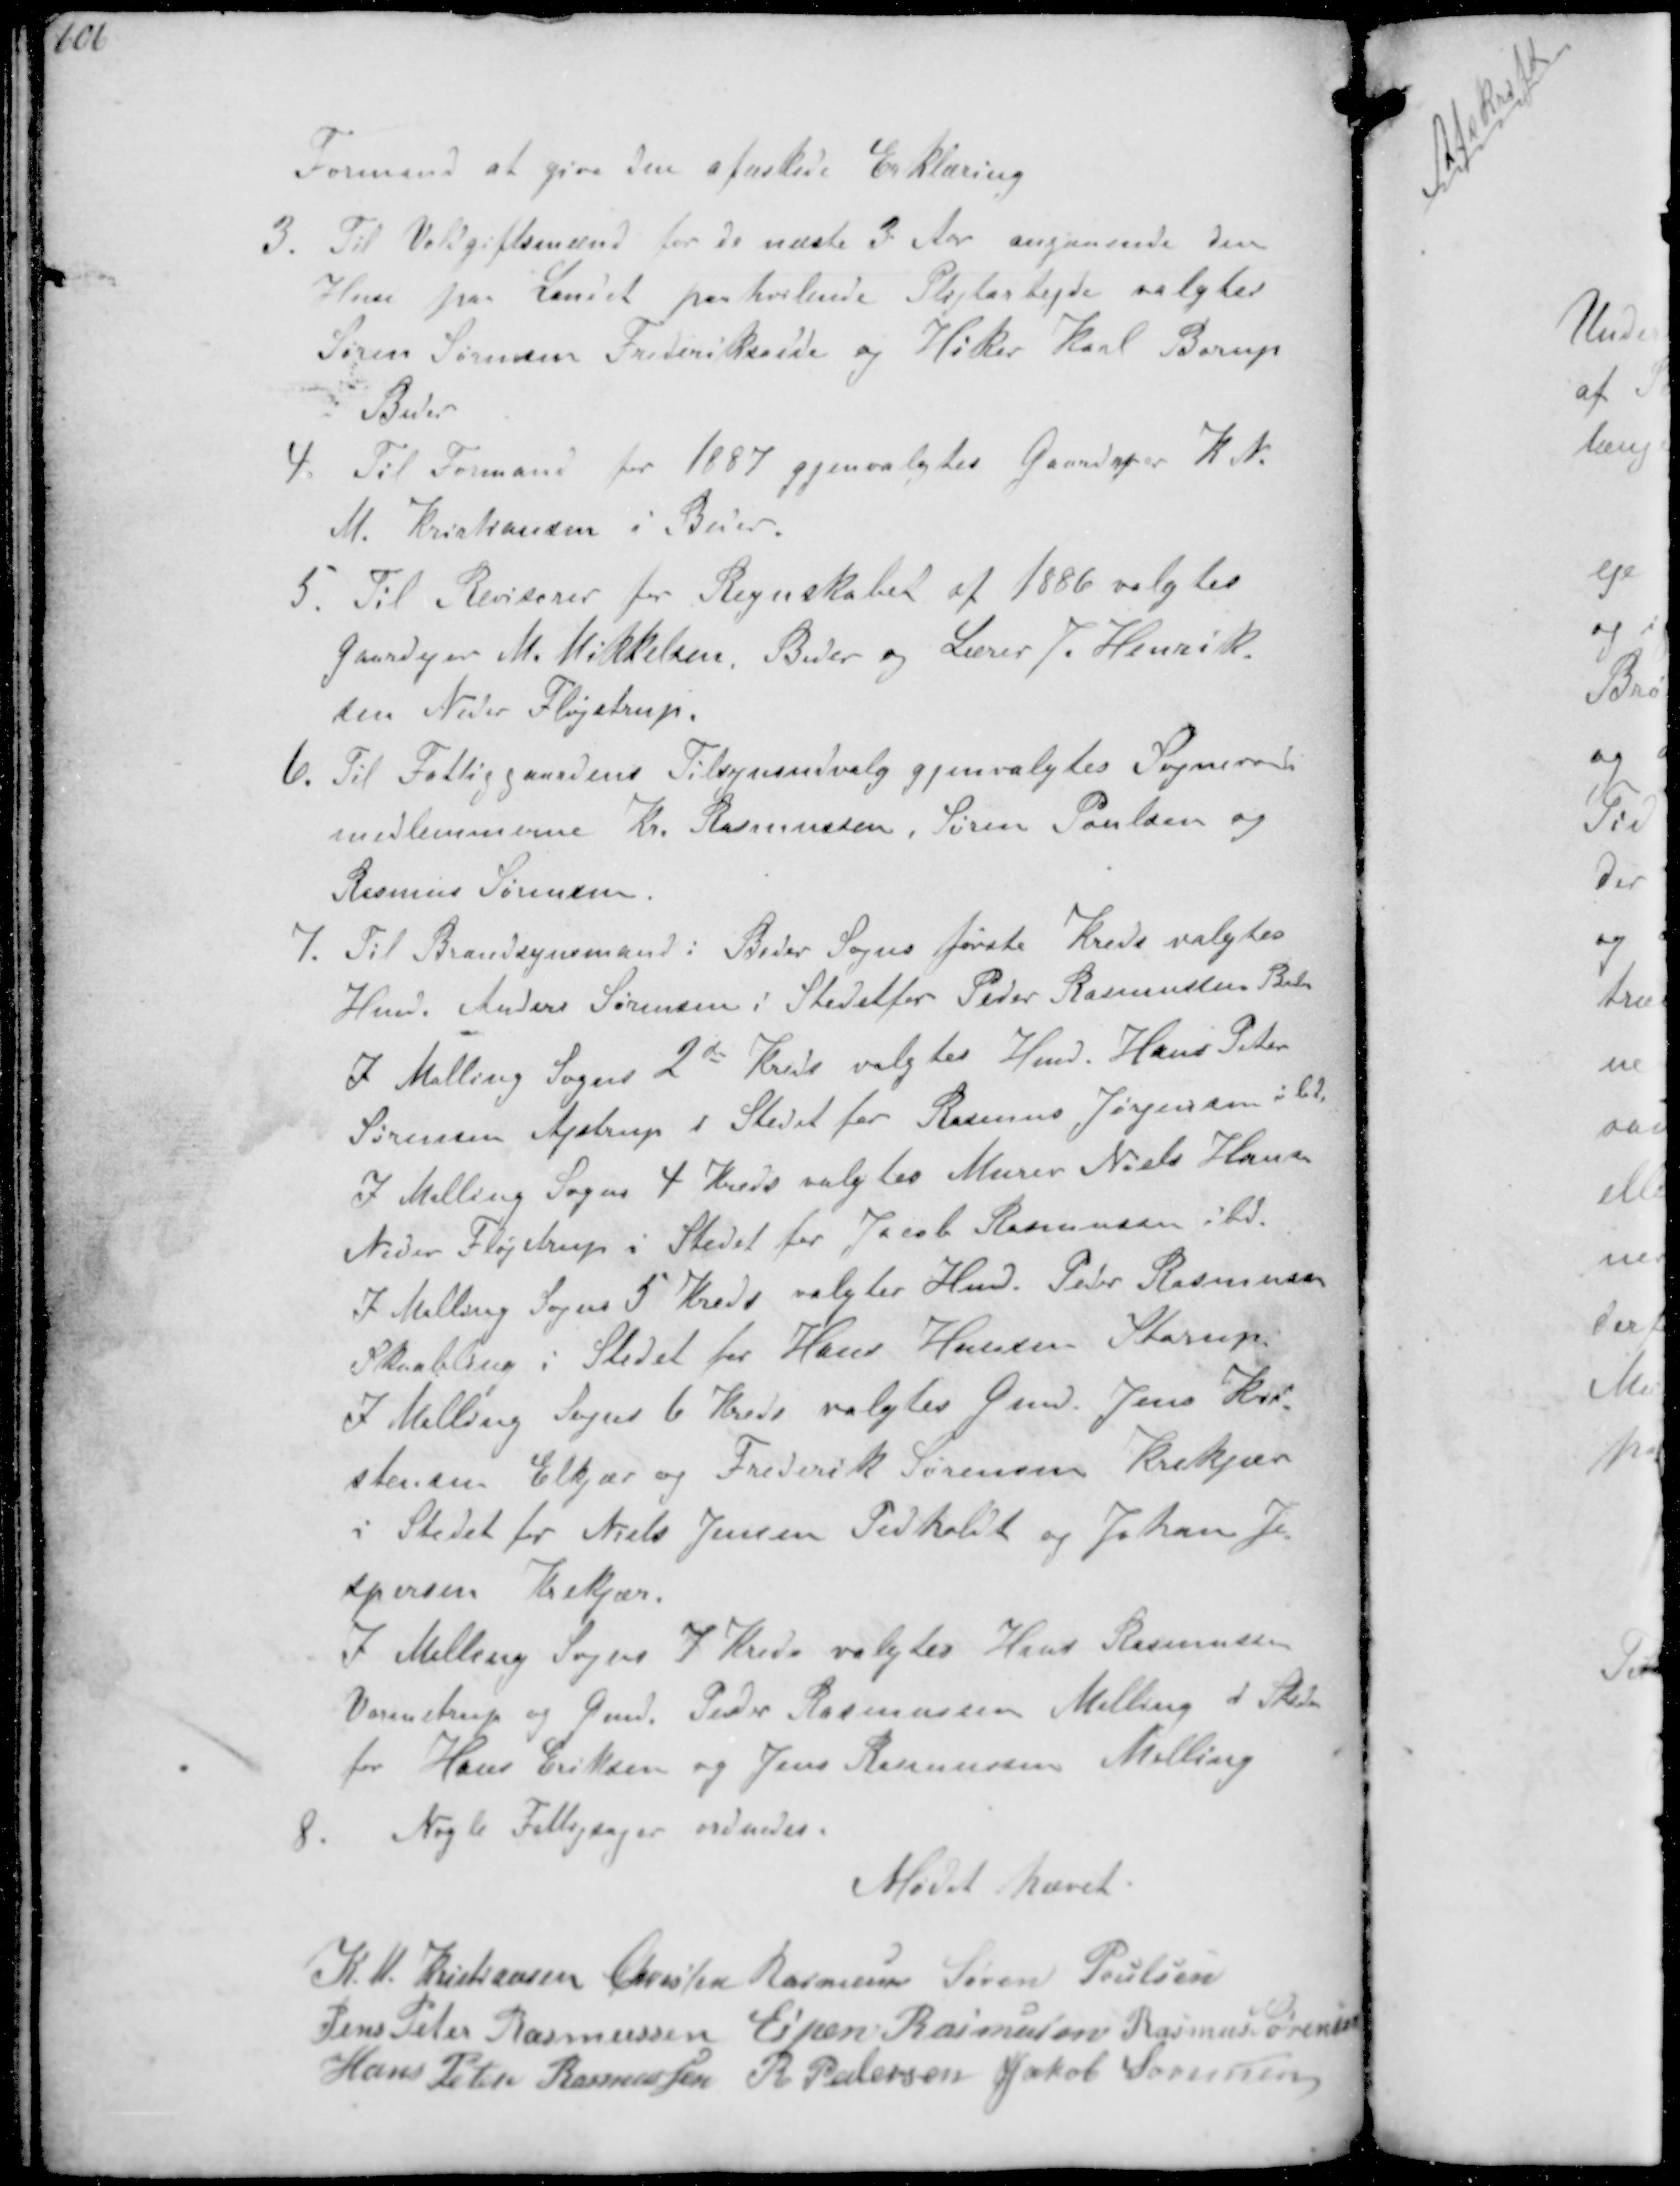
Transskription:
Formand at give den afæskede Erklæring
3. Til Voldgiftsmænd for de næste 3 Aar angaaende den
Huse paa Landet paahvilende Pligtarbejde valgtes
Søren Sørensen Frederiksen og Høker Karl Borup
i Beder
4. Til Formand for 1887 genvalgtes Gaardejer K. N.
M. Kristansen i Beder.
5. Til Revisorer for Regnskabet af 1886 valgtes
Gaardejer M. Mikkelsen, Beder og Lærer J. Henrik-
den Neder Fløjstrup
6. Til Fattiggaardens Tilsynsudvalg gjenvalgtes Sogneraads-
medlemmerne K. Rasmussen, Søren Poulsen og
Rasmus Sørensen
7. Til Brandsynsmand: Beder Sogns første Kreds valgtes
Hmd Anders Sørensen i Stedetfor Peder Rasmussen Beder
I Malling Sogns 2de Kreds valgtes Hmd. Hans Peter
Sørensen Ajstrup i Stedet for Rasmus Jørgensen
af Malling Sogns 4 Kreds valgtes Murer Niels Hansen
Neder Fløjstrup i Stedet for Jacob Rasmussen i .
I Malling Sogns 5 Kreds valgtes Hmd. Peter Rasmussen
Skabling i Stedet for Hans Hansen Starup
I Malling Sogns 6 Kreds valgtes Gmd. Jens Kri-
stensen Elkjær og Frederik Sørensen Krekjær
i Stedet for Niels Jensen Pedholdt og Johan Je-
spersen Krekjær.
I Malling Sogns 7 Kreds valgtes Hans Rasmussen
Vormstrup og Gmd. Peder Rasmussen Malling i Stedet
for Hans Eriksen og Jens Rasmussen Malling
8. Nogle Fattigsager ordnedes.
Mødet hævet
K M. Kristiansen Chresten Rasmussen Søren Poulsen
Jens Peter Rasmussen Espen Rasmussen Rasmus Sørensen
Hans Peter Rasmussen R Pedersen Jakob Sørensen